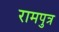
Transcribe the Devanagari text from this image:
रामपुत्र